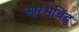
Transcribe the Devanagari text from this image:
आरंभबिंदु